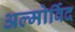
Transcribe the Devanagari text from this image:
अल्मोर्विद